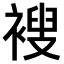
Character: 𫌆